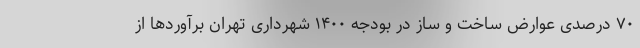
۷۰ درصدی عوارض ساخت و ساز در بودجه ۱۴۰۰ شهرداری تهران برآوردها از